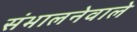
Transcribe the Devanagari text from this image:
संभालनेवाले